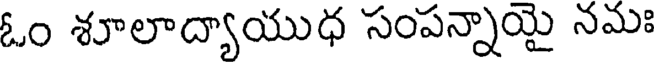
ఓం శూలాద్యాయుధ సంపన్నాయై నమః